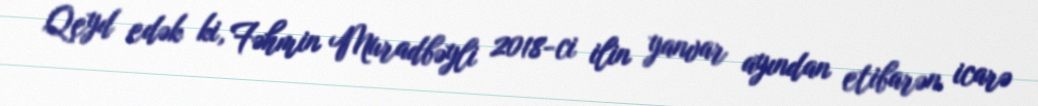
Qeyd edək ki, Fəhmin Muradbəyli 2018-ci ilin yanvar ayından etibarən icarə